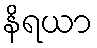
နိရယာ